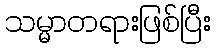
သမ္မာတရားဖြစ်ပြီး